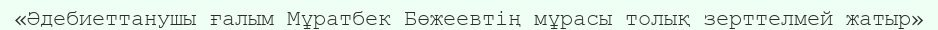
«Әдебиеттанушы ғалым Мұратбек Бөжеевтің мұрасы толық зерттелмей жатыр»